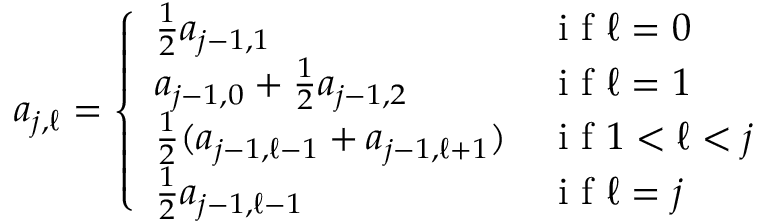
\begin{array} { r } { a _ { j , \ell } = \left\{ \begin{array} { l l } { \frac { 1 } { 2 } a _ { j - 1 , 1 } } & { \mathrm { ~ i ~ f ~ } \ell = 0 } \\ { a _ { j - 1 , 0 } + \frac { 1 } { 2 } a _ { j - 1 , 2 } } & { \mathrm { ~ i ~ f ~ } \ell = 1 } \\ { \frac { 1 } { 2 } ( a _ { j - 1 , \ell - 1 } + a _ { j - 1 , \ell + 1 } ) } & { \mathrm { ~ i ~ f ~ } 1 < \ell < j } \\ { \frac { 1 } { 2 } a _ { j - 1 , \ell - 1 } } & { \mathrm { ~ i ~ f ~ } \ell = j } \end{array} \right. } \end{array}